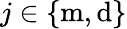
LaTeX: j\in\{ \mathrm{m},\mathrm{d}\}